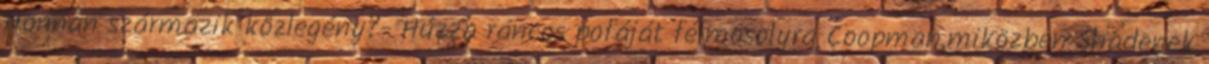
Honnan származik közlegény?- Húzza ráncos pofáját félmosolyra Coopman,miközben Shadenek